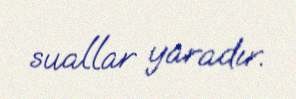
suallar yaradır.